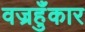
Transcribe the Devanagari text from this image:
वज्रहुँकार